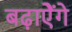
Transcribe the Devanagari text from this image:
बढ़ाऐेंगे